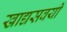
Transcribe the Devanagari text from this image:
खाद्यसवयी